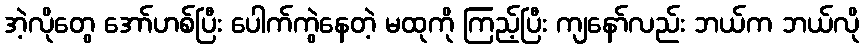
အဲ့လိုတွေ အော်ဟစ်ပြီး ပေါက်ကွဲနေတဲ့ မထုကို ကြည့်ပြီး ကျနော်လည်း ဘယ်က ဘယ်လို